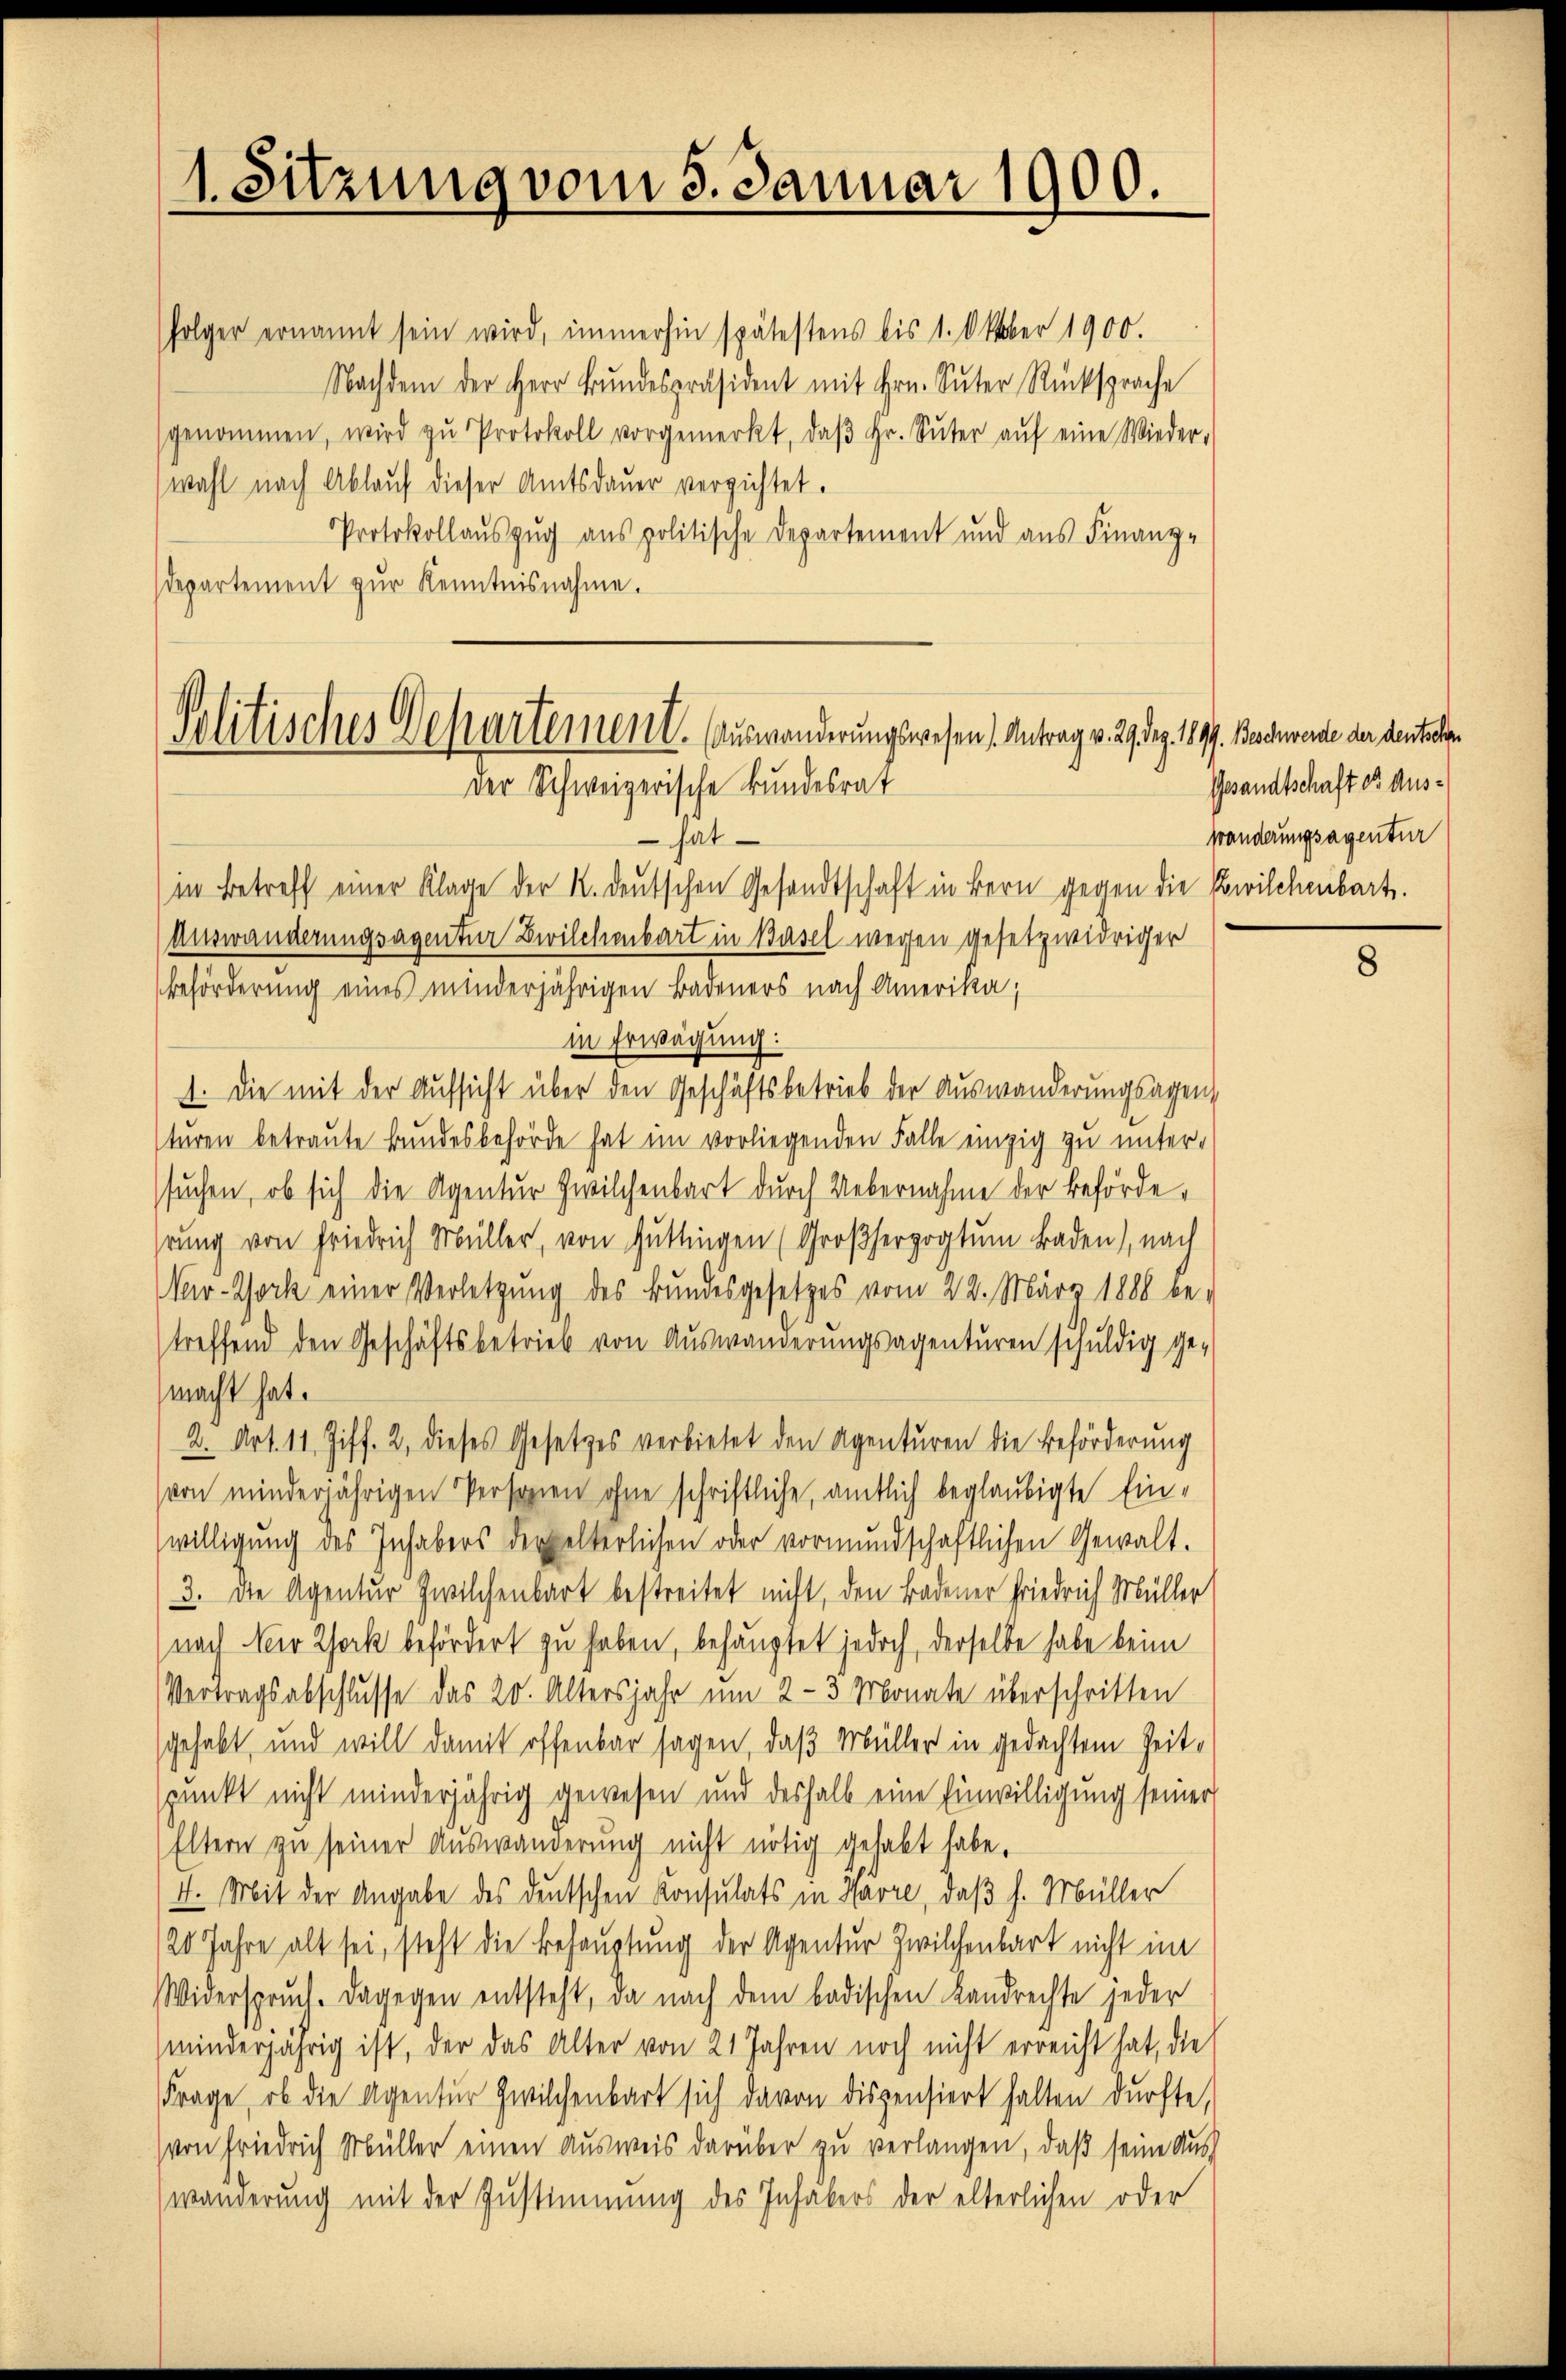
1. Sitzung vom 3. Januar 1900.

Politisches Departement. Auswanderungswesen Antrag v. 29. Dez. 1899. Beschwerde der deutelen
der Schweizerische Bundesrat

folger ernannt sein wird, immerhin spätestens bis 1. Oktober 1900.
Nachdem der Herr Bundespräsident mit Hrn. Suter Rücksprache
genommen, wird zŭ Protokoll vorgemerkt, daβ hr. Sŭter aŭf eine Wieder-
wahl nach Ablauf dieser Amtsdauer verzichtet.
Protokollauszug aus politische Departement und aus Finanz-
departement zur Kenntnisnahme.

hat
in Betreff einer Klage der K. deutschen Gesandtschaft in Bern gegen die Sowilchenbart.
Auswanderungsagentur Zwilchenbart in Basel wegen gesetzwidriger
Beförderung eines minderjährigen Badeners nach Amerika,
in Erwägung:
1. Die mit der Aufsicht über den Geschäftsbetrieb der Auswanderungsagen,
sturen betraute Bundesbehörde hat im vorliegenden Falle einzig zu unter-
suchen, ob sich die Agentur Zwilchenbart durch Uebernahme der Behörderung von Friedrich Müller, von Güttingen (Großherzogtum Baden), nach
Vr-Tock einer Verletzung des Bundesgesetzes vom 22. März 1888 be-
treffend den Geschäftsbetrieb von Auswanderŭngsagenturen schuldig ge-
macht hat.
2. Art. 11. Ziff. 2, dieses Gesetzes verbietet den Agenturen die Beförderung
von minderjährigen Personen ohne schriftliche, amtlich beglaubigte Einwilligung des Inhabers der elterlichen oder vormundschaftlichen Gewalt.
3. Die Agentur zwilchenbart bestreitet nicht, den Badener Friedrich Müller
nach der Zork befördert zu haben, behauptet jedoch, derselbe habe beim
Vertragsabschlusse das 20. Altersjahr um 2-3 Monate überschritten
gehabt, und will damit offenbar sagen, daß Müller in gedachtem Zeitspunkt nicht minderjährig gewesen und deshalb eine Einwilligung seiner
Eltern zu seiner Auswanderung nicht nötig gehabt habe.
4. Mit der Angabe des deutschen Konsulats in Havre, daß H. Müller
20 Jahre alt sei, steht die Behauptung der Agentur Zwilchenbart nicht im
Widerspruch. Dagegen entsteht, da nach dem badischen Landrechte jeder
minderjährig ist, der das Alter von 21 Jahren noch nicht erreicht hat, die
Frage, ob die Agentur zwilchenbart sich davon dispensiert halten durfte,
von Friedrich Müller einen Ausweis darüber zu verlangen, daß seine Aus
wänderung mit der Zustimmung des Inhabers der elterlichen oder

Gesandtschaft es auswänderungsagentur